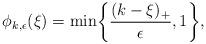
LaTeX: \begin{align*}\phi_{k,\epsilon}(\xi) = \min \biggl\{ \frac{(k-\xi)_+}{\epsilon}, 1\biggr\}, \qquad\end{align*}